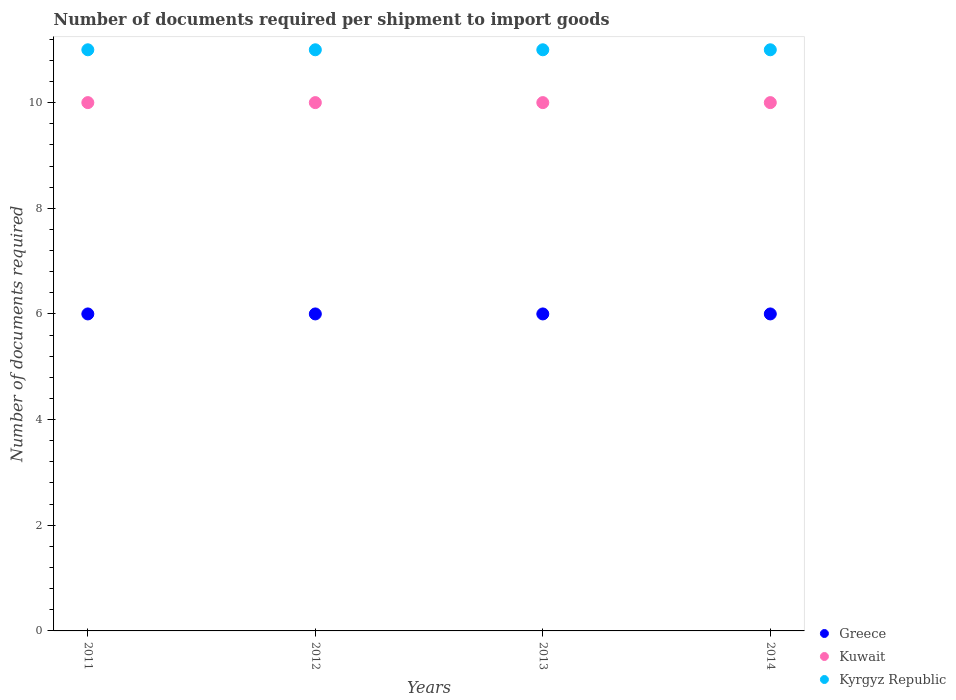
| Years | Greece | Kuwait | Kyrgyz Republic |
 | --- | --- | --- | --- |
 | 2011 | 6 | 10 | 11 |
 | 2012 | 6 | 10 | 11 |
 | 2013 | 6 | 10 | 11 |
 | 2014 | 6 | 10 | 11 |